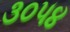
૩૦૫૪